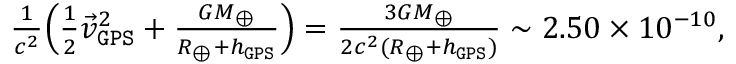
\begin{array} { r } { \frac { 1 } { c ^ { 2 } } \Big ( { \textstyle \frac { 1 } { 2 } } { \vec { v } } _ { \tt G P S } ^ { 2 } + \frac { G M _ { \oplus } } { R _ { \oplus } + h _ { \tt G P S } } \Big ) = \frac { 3 G M _ { \oplus } } { 2 c ^ { 2 } ( R _ { \oplus } + h _ { \tt G P S } ) } \sim 2 . 5 0 \times 1 0 ^ { - 1 0 } , } \end{array}